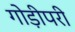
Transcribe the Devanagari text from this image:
गोड़ीपरी